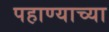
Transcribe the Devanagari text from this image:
पहाण्याच्या